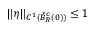
\| \eta \| _ { C ^ { 1 } ( \mathring { B } _ { R } ^ { c } ( 0 ) ) } \le 1